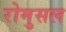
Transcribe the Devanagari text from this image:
रोमुसल